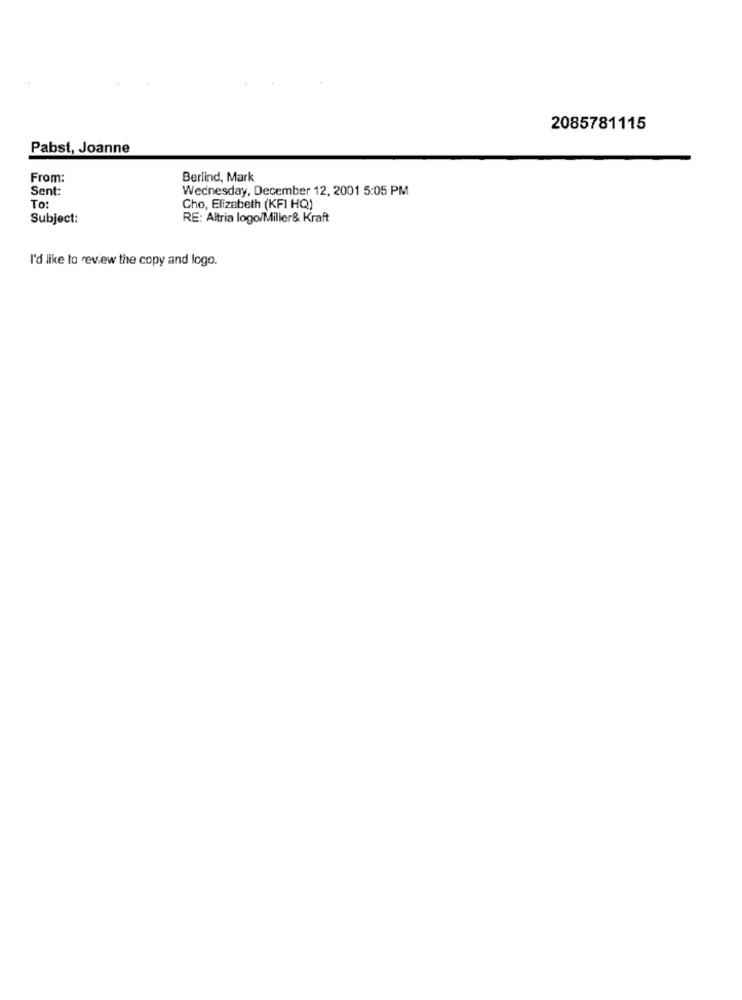
2085781115
Pabst, Joanne
From:
Berlind, Mark
Sent:
Wednesday, December 12, 2001 5:05 PM
To:
Cho, Elizabeth (KFI HQ)
Subject:
RE: Altria logo/Miller& Kraft
I'd like to review the copy and logo.